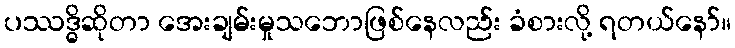
ပဿဒ္ဓိဆိုတာ အေးချမ်းမှုသဘောဖြစ်နေလည်း ခံစားလို့ ရတယ်နော်။